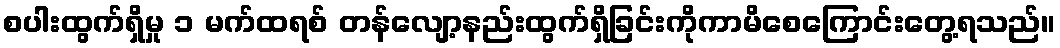
စပါးထွက်ရှိမှု ၁ မက်ထရစ် တန်လျော့နည်းထွက်ရှိခြင်းကိုကာမိစေကြောင်းတွေ့ရသည်။